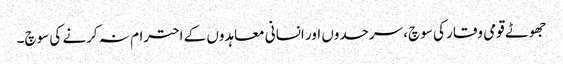
جھوٹے قومی وقار کی سوچ، سرحدوں اور انسانی معاہدوں کے احترام نہ کرنے کی سوچ۔